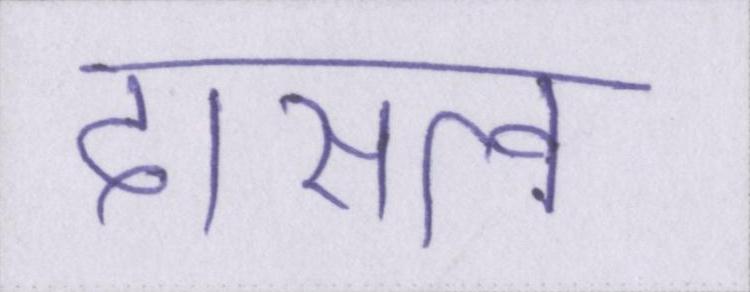
दासत्व